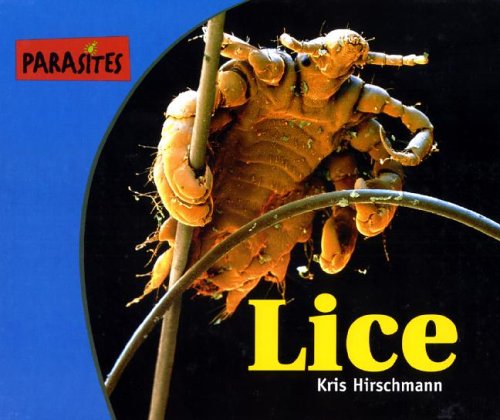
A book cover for Parasites! - Lice; Kris Hirschmann; Health, Fitness & Dieting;